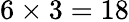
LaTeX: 6\times 3=18